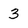
Character: 3